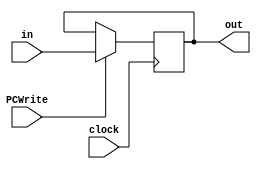
module ProgramCounter (
    input wire clock,
    input wire [7:0] in,
    output wire [7:0] out,
    input PCWrite
);

  reg [7:0] progamCounter;

  initial begin
    progamCounter = 0;
  end

  always @(posedge clock) //escrita
    begin
    if (PCWrite) begin
      progamCounter = in;
    end
  end 

  assign out = progamCounter;

endmodule